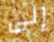
إلى